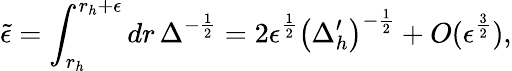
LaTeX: {\tilde{\epsilon}}=\int_{r_{h}}^{r_{h}+\epsilon}dr\, \Delta^{-\frac{1}{2}}=2\epsilon^{\frac{1}{2}}\left(\Delta_{h}^{\prime}\right)^{-\frac{1}{2}}+O(\epsilon^{\frac{3}{2}}),